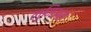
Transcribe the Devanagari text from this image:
लुनिअस